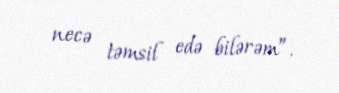
necə təmsil edə bilərəm”.